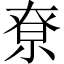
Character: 尞